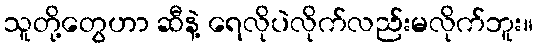
သူတို့တွေဟာ ဆီနဲ့ ရေလိုပဲလိုက်လည်းမလိုက်ဘူး။